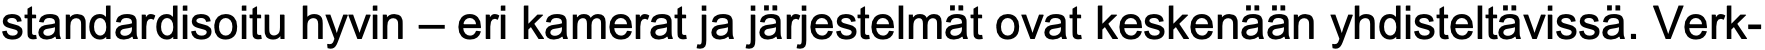
standardisoitu hyvin – eri kamerat ja järjestelmät ovat keskenään yhdisteltävissä. Verk-